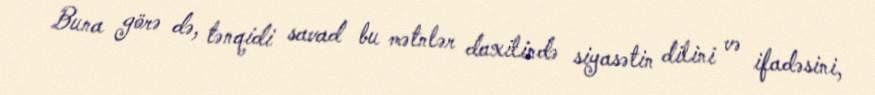
Buna görə də, tənqidi savad bu mətnlər daxilində siyasətin dilini və ifadəsini,